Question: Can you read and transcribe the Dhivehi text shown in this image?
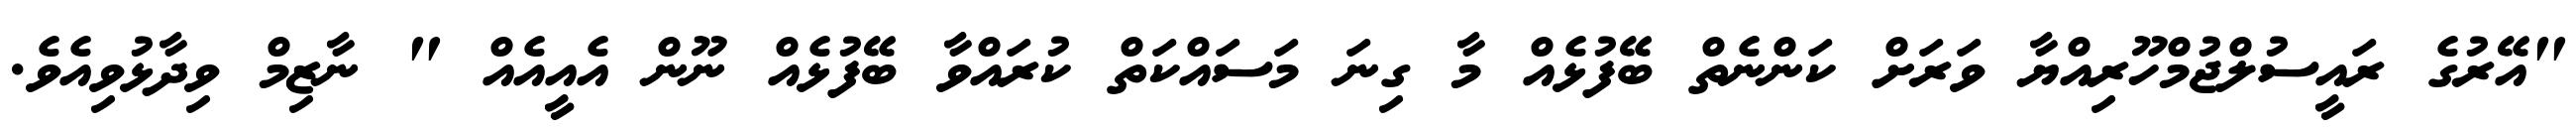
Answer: "އޭރުގެ ރައީސުލްޖުމްހޫރިއްޔާ ވަރަށް ކަންނެތް ބޭފުޅެއް މާ ގިނަ މަސައްކަތް ކުރައްވާ ބޭފުޅެއް ނޫން އެއީއެއް " ނާޒިމް ވިދާޅުވިއެވެ.